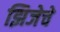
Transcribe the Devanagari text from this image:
झिजेचे